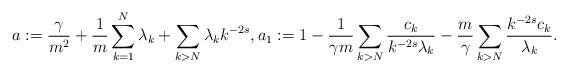
LaTeX: \begin{align*}a:=\frac{\gamma}{m^2}+\frac{1}{m}\sum_{k=1}^N\lambda_k+\sum_{k>N}\lambda_k k^{-2s} ,a_1:=1-\frac{1}{\gamma m} \sum_{k>N}\frac{c_k}{k^{-2s}\lambda_k}-\frac{m}{\gamma }\sum_{k>N}\frac{k^{-2s}c_k}{\lambda_k}.\end{align*}